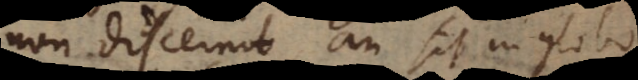
non discernit an sit in globo